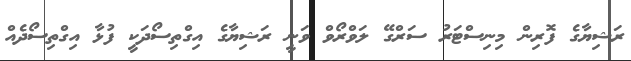
ރަޝިޔާގެ ފޮރިން މިނިސްޓަރު ސަރްގޭ ލަވްރޯވް ވަނީ ރަޝިޔާގެ އިގްތިސޯދަކީ ފުޅާ އިގްތިސޯދެއް